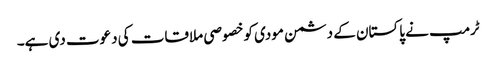
ٹرمپ نے پاکستان کے دشمن مودی کوخصوصی ملاقات کی دعوت دی ہے۔